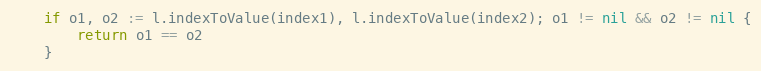
Language: Go
	if o1, o2 := l.indexToValue(index1), l.indexToValue(index2); o1 != nil && o2 != nil {
		return o1 == o2
	}